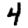
Digit: 4